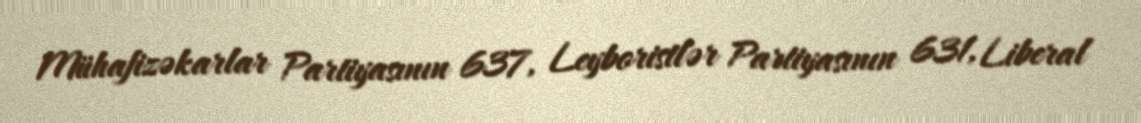
Mühafizəkarlar Partiyasının 637, Leyboristlər Partiyasının 631, Liberal